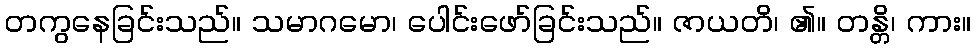
တကွနေခြင်းသည်။ သမာဂမော၊ ပေါင်းဖော်ခြင်းသည်။ ဇာယတိ၊ ၏။ တန္တိ၊ ကား။